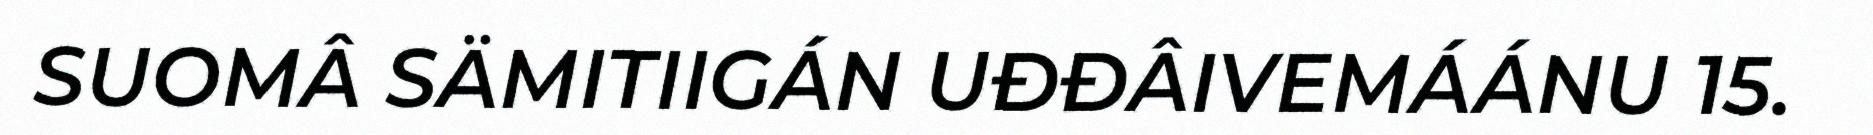
SUOMÂ SÄMITIIGÁN UĐĐÂIVEMÁÁNU 15.